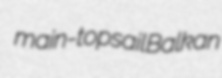
main-topsail Balkan